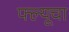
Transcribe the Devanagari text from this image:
फ्ल्यूचा